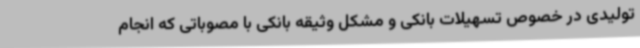
تولیدی در خصوص تسهیلات بانکی و مشکل وثیقه بانکی با مصوباتی که انجام